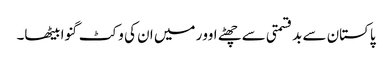
پاکستان سے بدقسمتی سے چھٹے اوور میں ان کی وکٹ گنوا بیٹھا۔